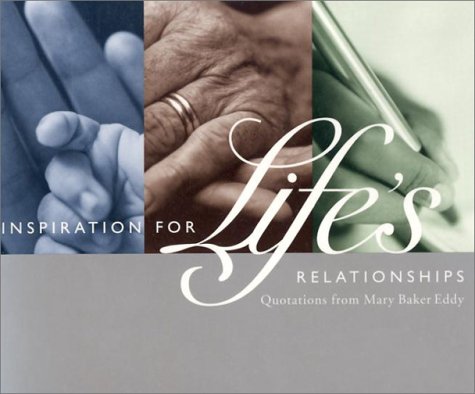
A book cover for Inspiration for Life's Relationships; Mary Baker Eddy; Christian Books & Bibles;